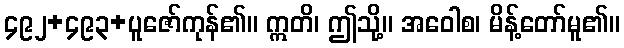
၄၉၂+၄၉၃+ပူဇော်ကုန်၏။ ဣတိ၊ ဤသို့။ အဝေါစ၊ မိန့်တော်မူ၏။